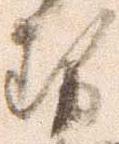
勢